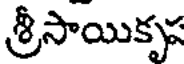
శ్రీసాయికృ